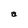
Character: a